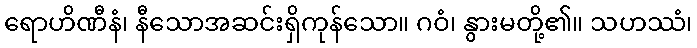
ရောဟိဏီနံ၊ နီသောအဆင်းရှိကုန်သော။ ဂဝံ၊ နွားမတို့၏။ သဟဿံ၊